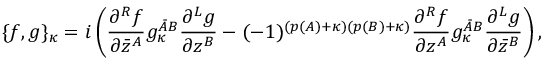
\{ f , g \} _ { \kappa } = i \left( \frac { \partial ^ { R } f } { \partial \bar { z } ^ { A } } g _ { \kappa } ^ { { \bar { A } } B } \frac { \partial ^ { L } g } { \partial z ^ { B } } - ( - 1 ) ^ { ( p ( A ) + \kappa ) ( p ( B ) + \kappa ) } \frac { \partial ^ { R } f } { \partial z ^ { A } } g _ { \kappa } ^ { { \bar { A } } B } \frac { \partial ^ { L } g } { \partial \bar { z } ^ { B } } \right) ,